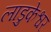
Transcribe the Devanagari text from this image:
लाडुकेश्वर